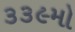
૩૩૯મો